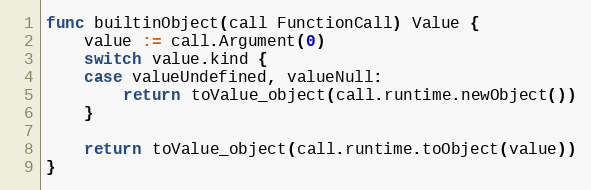
Language: Go
func builtinObject(call FunctionCall) Value {
	value := call.Argument(0)
	switch value.kind {
	case valueUndefined, valueNull:
		return toValue_object(call.runtime.newObject())
	}

	return toValue_object(call.runtime.toObject(value))
}